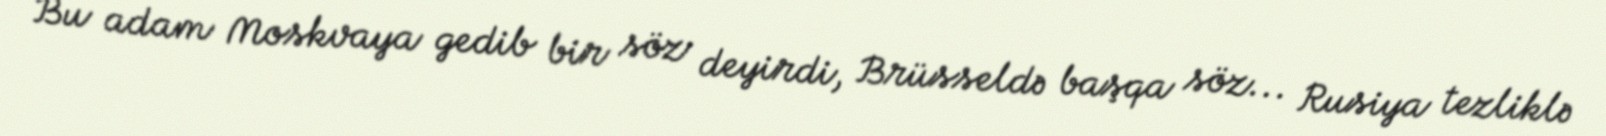
Bu adam Moskvaya gedib bir söz deyirdi, Brüsseldə başqa söz... Rusiya tezliklə